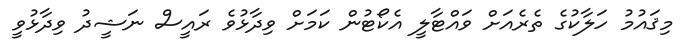
މިޤައުމު ހަލާކުގެ ތެރެއަށް ވައްޓާލީ އެކޯޓުން ކަމަށް ވިދާޅުވެ ރައީސް ނަޝީދު ވިދާޅުވީ